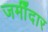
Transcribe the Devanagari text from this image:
जमीँदार